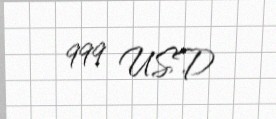
999 USD